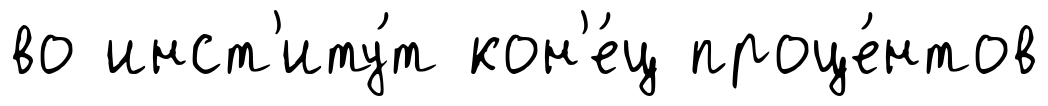
во инст'иту́т кон'е́ц проце́нтов